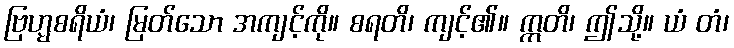
ဗြဟ္မစရိယံ၊ မြတ်သော အကျင့်ကို။ စရတိ၊ ကျင့်၏။ ဣတိ၊ ဤသို့။ ယံ တံ၊